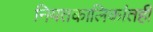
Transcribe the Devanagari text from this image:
नियतकालिकांतही